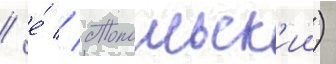
/ е́ // Топольск'ии)